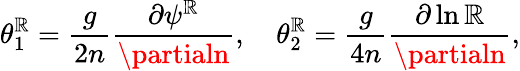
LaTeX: \theta_{1}^{\mathbb{R}}=\frac{{g}}{{2n}}\frac{{\partial\psi^{\mathbb{R}}}}{{\partialn}},\ \ \ \ \theta_{2}^{\mathbb{R}}=\frac{{g}}{{4n}}\frac{{\partial\ln{\mathbb{R}}}}{{\partialn}},